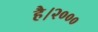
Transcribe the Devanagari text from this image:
है।२०००